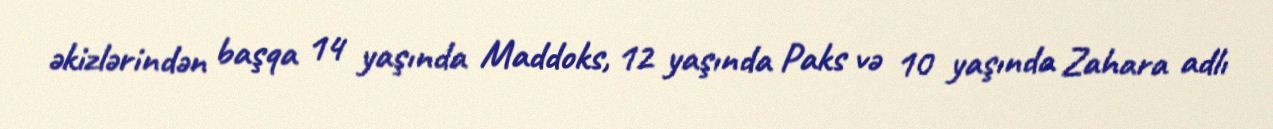
əkizlərindən başqa 14 yaşında Maddoks, 12 yaşında Paks və 10 yaşında Zahara adlı